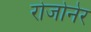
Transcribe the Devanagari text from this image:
रोजोनेर